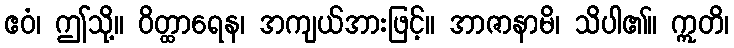
ဧဝံ၊ ဤသို့။ ဝိတ္ထာရေန၊ အကျယ်အားဖြင့်။ အာဇာနာမိ၊ သိပါ၏။ ဣတိ၊